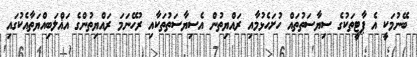
ބޭނުމަކީ އެ ޕާޓީތަކުގެ ސިޔާސަތުތައް ހުށަހެޅުމާއި ރައްޔިތުން އެސިޔާސަތުތަކާއި ރުހޭނަމަ ރައްޔިތުންގެ އަޣްލަބިއްޔަތާއެކުގައި